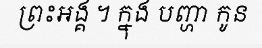
ព្រះអង្គ ។ ក្នុង បញ្ហា កូន